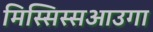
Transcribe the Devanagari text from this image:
मिस्सिस्सआउगा